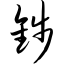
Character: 钱